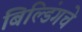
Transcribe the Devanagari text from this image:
बिल्डिंगचे